Trukikaitis_Postimees, lk 51
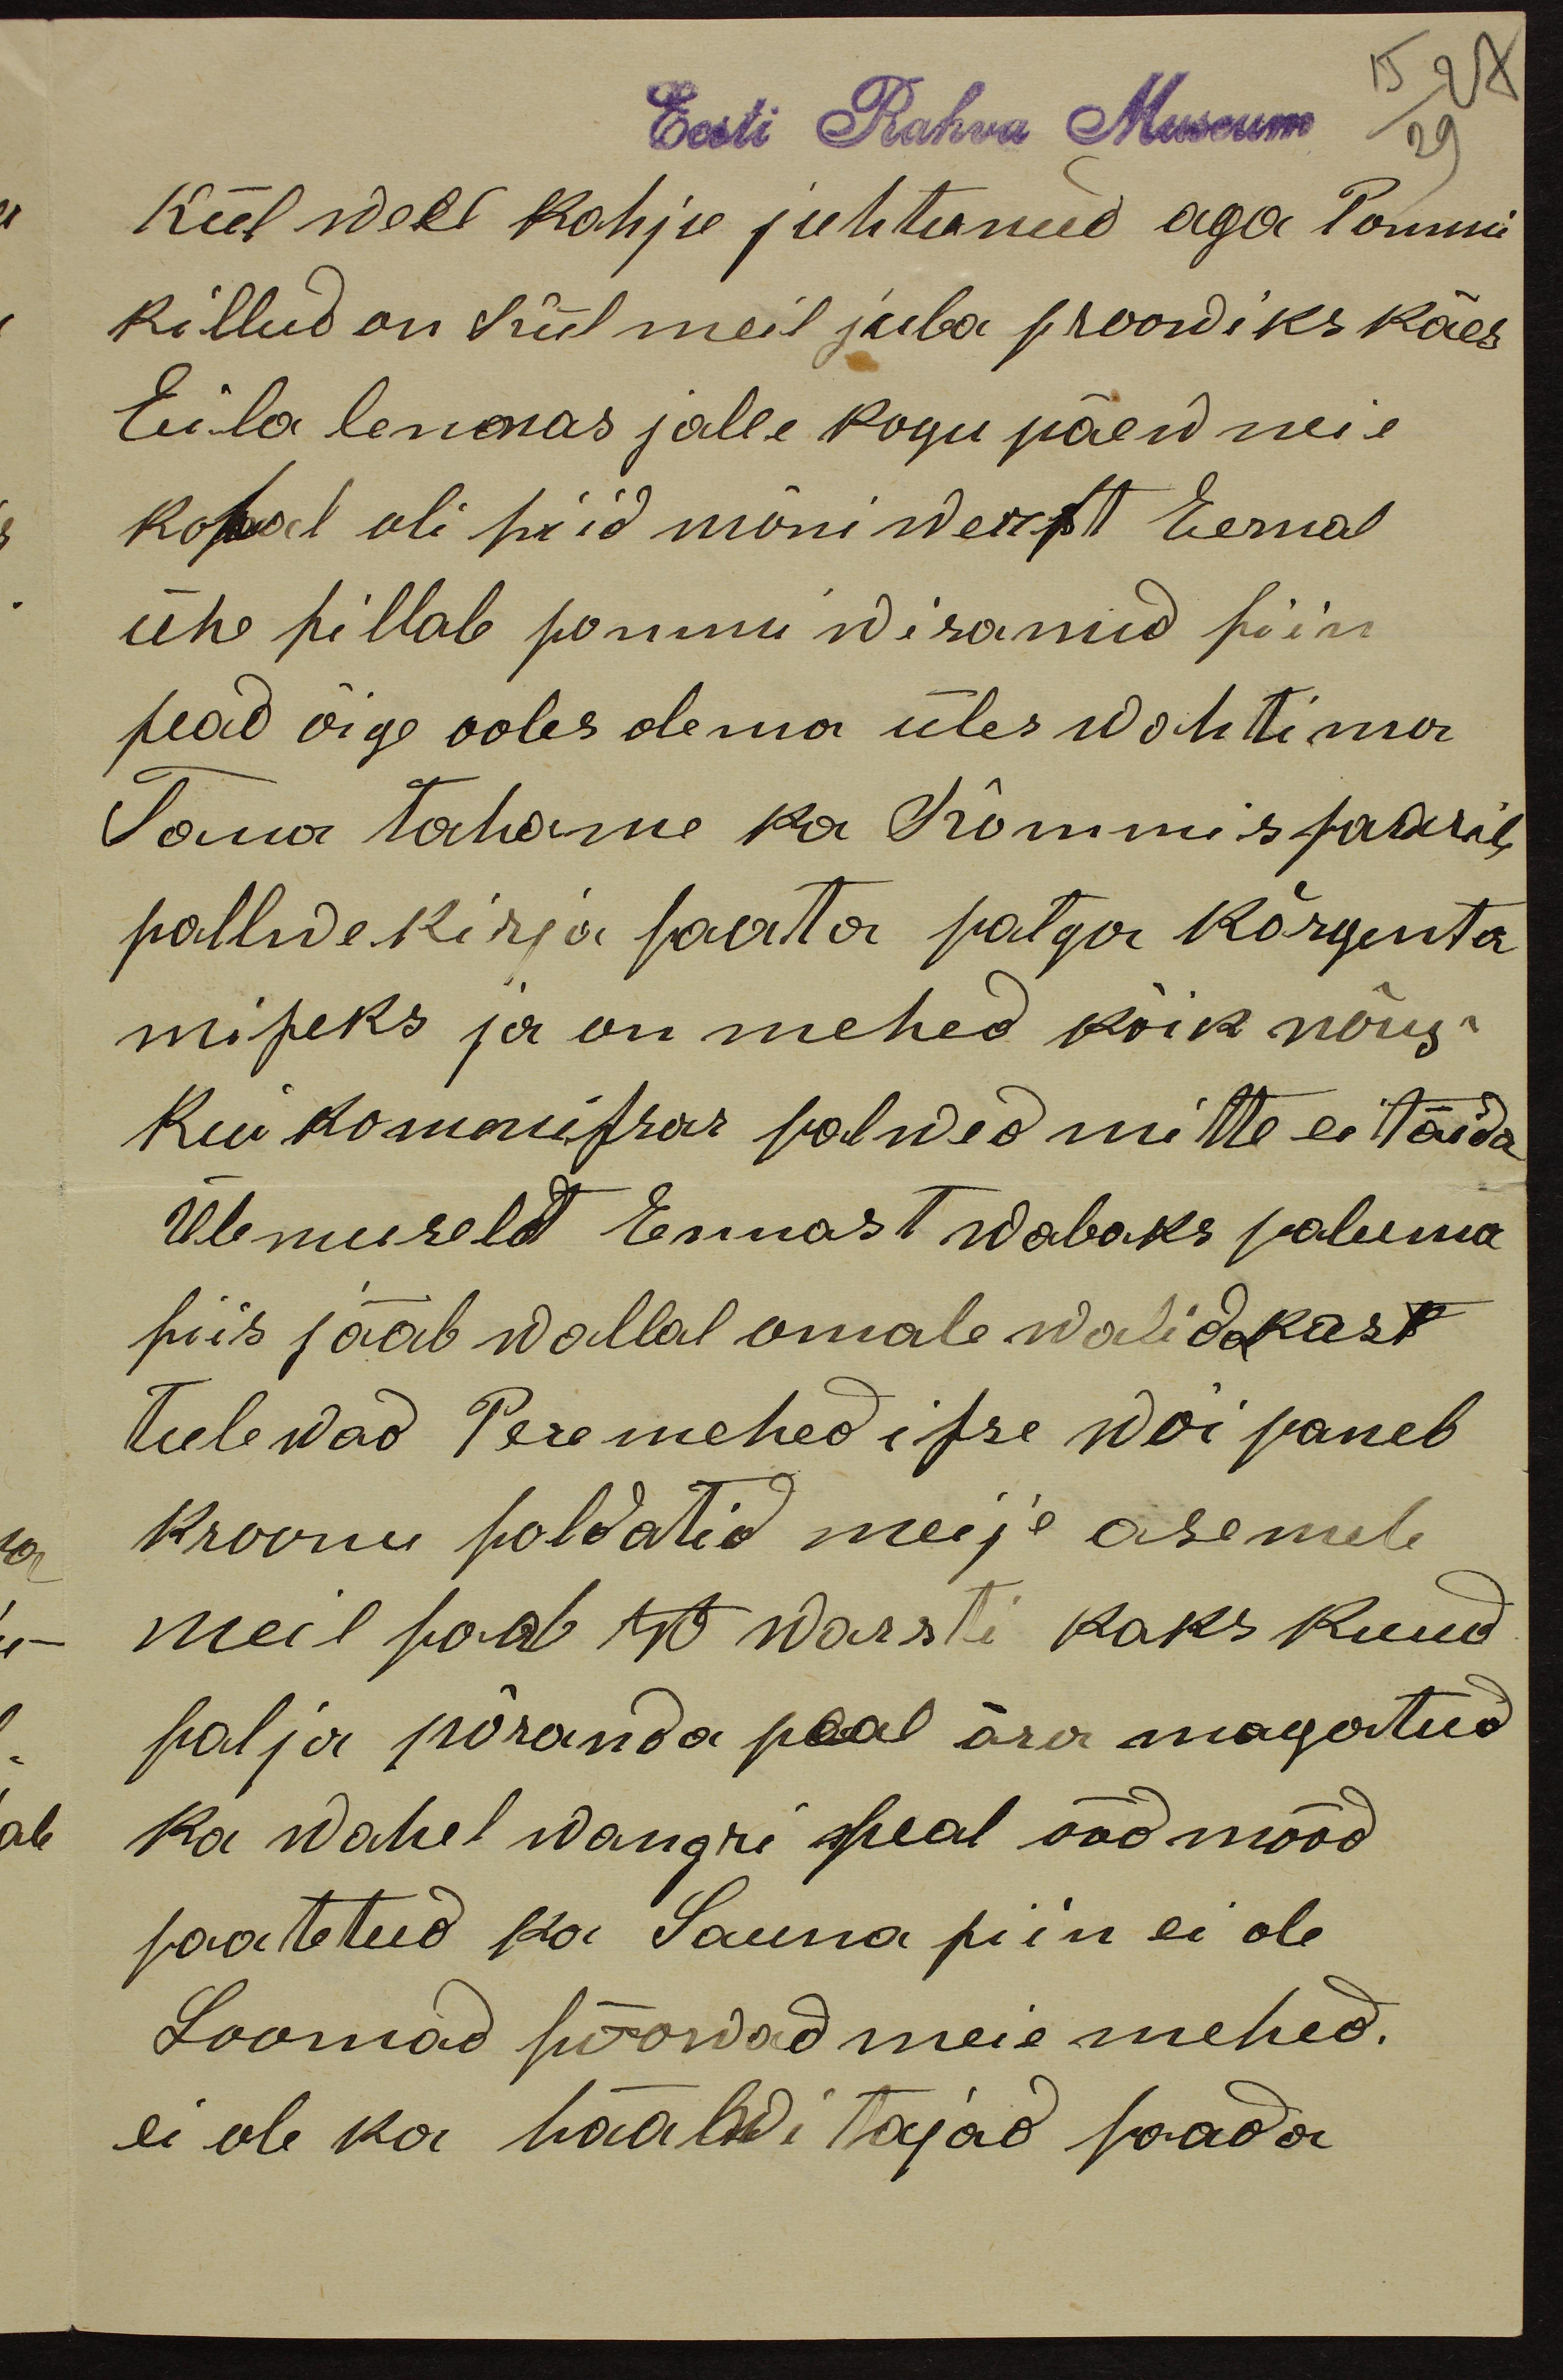
15 27
Eesti Rahva Museum
29
Kül weel kahju juhtunud aga Pommi
killud on Kül meil juba proowiks käes
Eila lennas jalle kogu päew neie
kohal oli siid mõni werst Eemal
ühe sillale pommi wisanud siin
pead õige ooles olema üles wahtima
Tana tahame ka Kommissaarile
pallwekirja saata palga kõrgenta
miseks ja on mehed kõik nõus
kui kommissar palwed mitte ei täida
Ülemuselt Ennast wabaks paluma
siis jääb wallal omale walidakast
tulewad Peremehed isse wõi paneb
kroonu soldatid meije asemele
meil saab W warsti kaks kuud
palja põranda peal ära magatud
ka wahel wangri peal ööd mööd
saatetud ka Sauna siin ei ole
Loomad sööwad meie mehed.
ei ole ka hääwitajad saada.